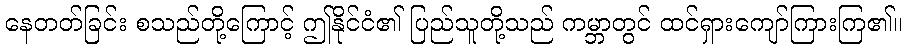
နေတတ်ခြင်း စသည်တို့ကြောင့် ဤနိုင်ငံ၏ ပြည်သူတို့သည် ကမ္ဘာတွင် ထင်ရှားကျော်ကြားကြ၏။